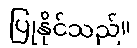
ပြုနိုင်သည်။